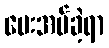
ပေးအပ်ခဲ့ရာ